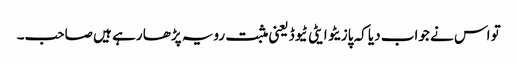
تو اس نے جواب دیا کہ پازیٹو ایٹی ٹیوڈ یعنی مثبت رویہ پڑھا رہے ہیں صاحب۔